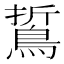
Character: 𪁊